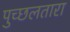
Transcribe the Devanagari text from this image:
पुच्छलतारा